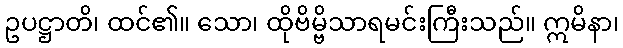
ဥပဋ္ဌာတိ၊ ထင်၏။ သော၊ ထိုဗိမ္ဗိသာရမင်းကြီးသည်။ ဣမိနာ၊